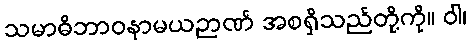
သမာဓိဘာဝနာမယဉာဏ် အစရှိသည်တို့ကို။ ဝါ၊